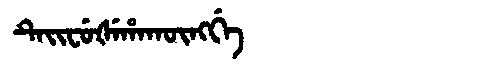
Manchu: ᡨᡝᡳᠸᡠᡧᡝᡥᠠᡴᡡᠩᡤᡝ
Romanization: TEIFUŠEHAKŪNGGE